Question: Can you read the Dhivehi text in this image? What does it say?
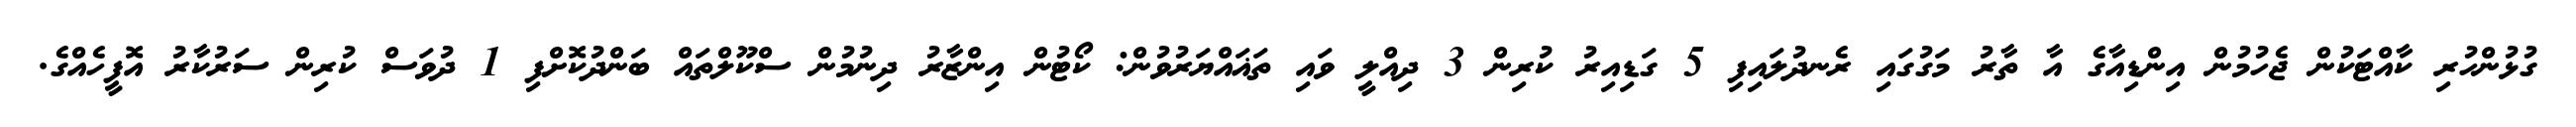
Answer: ގުޅުންހުރި ކާއްޓަކުން ޖެހުމުން އިންޑިއާގެ އާ ތާރު މަގުގައި ރެނދުލައިފި 5 ގަޑިއިރު ކުރިން 3 ދިއްލީ ވައި ތަޣައްޔަރުވުން: ކޯޓުން އިންޒާރު ދިނުމުން ސްކޫލްތައް ބަންދުކޮށްފި 1 ދުވަސް ކުރިން ސަރުކާރު އޮފީހެއްގެ.